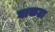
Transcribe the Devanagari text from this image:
घाकटा